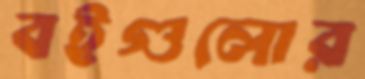
বইগুলোর